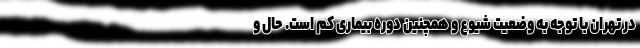
در تهران با توجه به وضعیت شیوع و همچنین دوره بیماری کم است. حال و